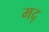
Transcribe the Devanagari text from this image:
मद्